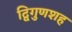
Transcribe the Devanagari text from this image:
द्विगुणशह